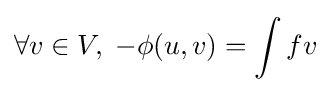
\forall v\in V,\;-\phi (u,v)=\int fv